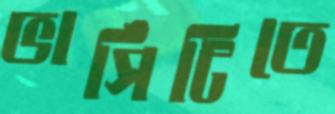
ভার্সিটিতে